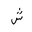
Letter: _shin